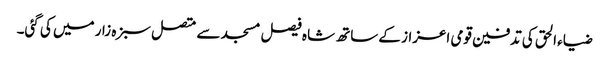
ضیاء الحق کی تدفین قومی اعزاز کے ساتھ شاہ فیصل مسجد سے متصل سبزہ زار میں کی گئی۔